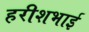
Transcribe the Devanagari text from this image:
हरीशभाई